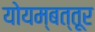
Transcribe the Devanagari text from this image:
योयम्बत्तूर